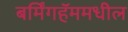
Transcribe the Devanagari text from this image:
बर्मिंगहॅममधील